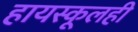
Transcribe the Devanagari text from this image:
हायस्कूलही